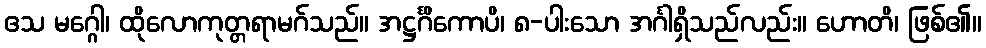
ဧသ မဂ္ဂေါ၊ ထိုလောကုတ္တရာမဂ်သည်။ အဋ္ဌင်္ဂိကောပိ၊ ၈-ပါးသော အင်္ဂါရှိသည်လည်း။ ဟောတိ၊ ဖြစ်၏။